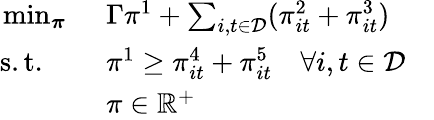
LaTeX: \begin{array}{rlr}{\operatorname*{min}_{\boldsymbol{\pi}}\ }&{\Gamma\pi^{1}+\sum_{i,t\in\mathcal{D}}(\pi_{it}^{2}+\pi_{it}^{3})}\\ {\mathrm{s.t.}\quad\ }&{\pi^{1}\geq\pi_{it}^{4}+\pi_{it}^{5}\quad\forall i,t\in\mathcal{D}}&\\ &{\pi\in\mathbb{R}^{+}}\end{array}